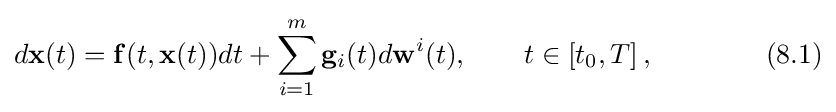
d\mathbf {x} (t)=\mathbf {f} (t,\mathbf {x} (t))dt+\sum \limits _{i=1}^{m}\mathbf {g} _{i}(t)d\mathbf {w} ^{i}(t),\qquad t\in \left[t_{0},T\right],\qquad \qquad (8.1)